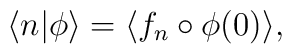
\langle n|\phi\rangle=\langle f_{n}\circ\phi(0)\rangle,